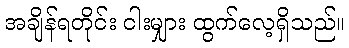
အချိန်ရတိုင်း ငါးမျှား ထွက်လေ့ရှိသည်။